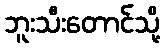
ဘူးသီးတောင်သို့